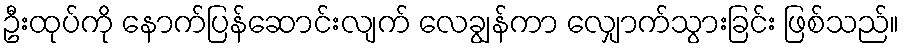
ဦးထုပ်ကို နောက်ပြန်ဆောင်းလျက် လေချွန်ကာ လျှောက်သွားခြင်း ဖြစ်သည်။